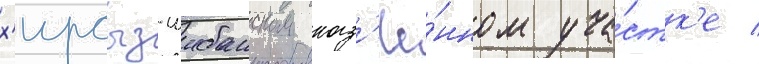
х'ирсыз-шибанском каз'ё́нном уча́стк'е /